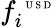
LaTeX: f_{i}^{\mathrm{~\tiny~U~S~D~}}